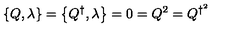
\left\{ Q , \lambda \right\} = \left\{ Q ^ { \dagger } , \lambda \right\} = 0 = Q ^ { 2 } = Q ^ { \dagger ^ { 2 } }